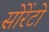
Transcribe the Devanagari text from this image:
सोरेंटो